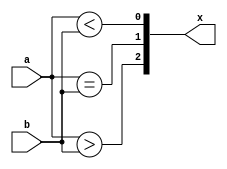
`timescale 1ns / 1ps
module comp4b(a,b,x);
input [0:3]a,b;
output [0:2]x;
assign x[0] = a > b;
assign x[1] = (a==b);
assign x[2] = a<b;
endmodule